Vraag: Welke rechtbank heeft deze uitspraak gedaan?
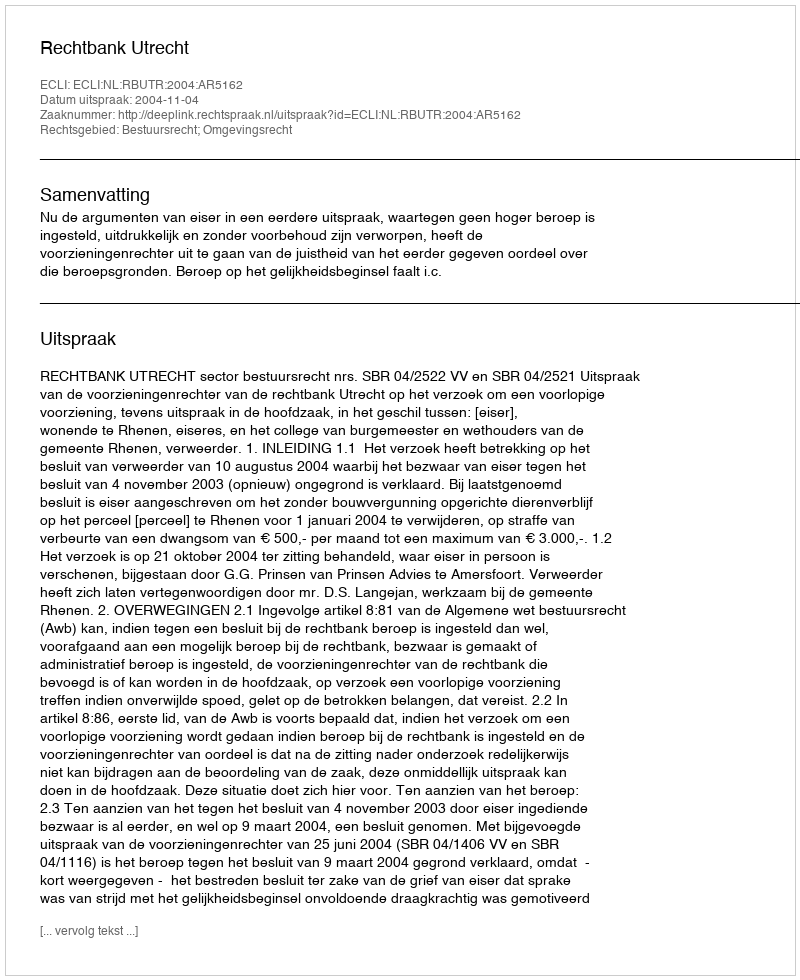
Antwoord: Rechtbank Utrecht